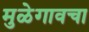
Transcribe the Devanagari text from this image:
मुळेगावचा